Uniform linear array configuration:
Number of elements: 48
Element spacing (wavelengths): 0.75
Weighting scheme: hamming
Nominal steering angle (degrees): -60
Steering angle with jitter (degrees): -61.55
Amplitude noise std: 0.05
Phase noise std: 0.05

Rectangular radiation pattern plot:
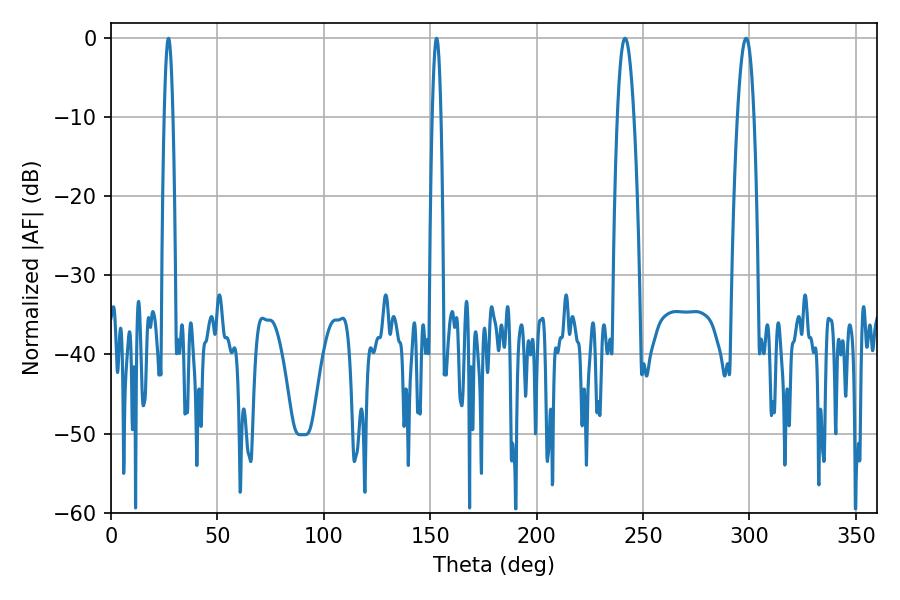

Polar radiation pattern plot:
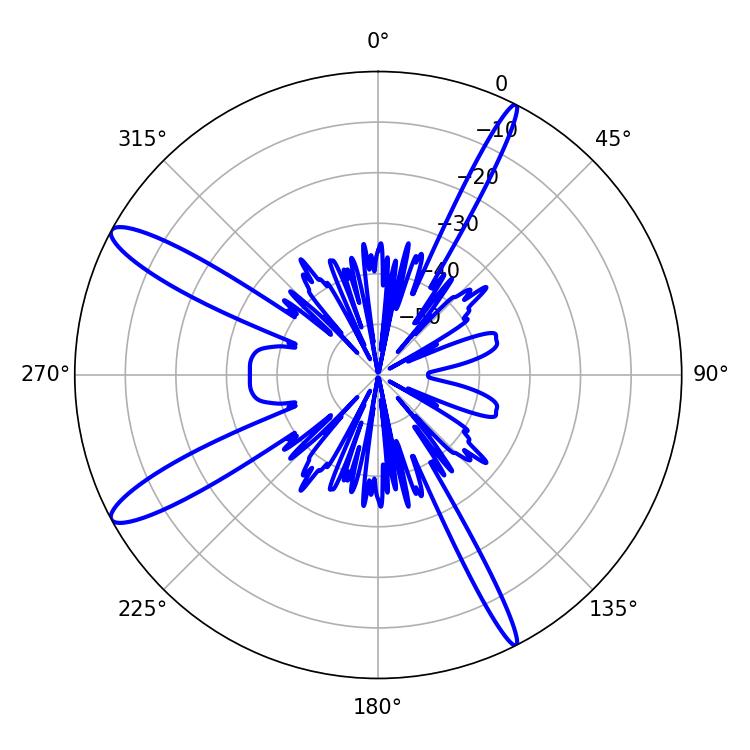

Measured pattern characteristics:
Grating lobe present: TRUE
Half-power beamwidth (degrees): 4.14
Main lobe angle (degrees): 241.56